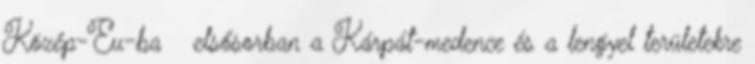
Közép-Eu-ba  elsősorban a Kárpát-medence és a lengyel területekre